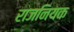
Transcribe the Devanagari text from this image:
राजनियक